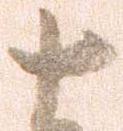
十